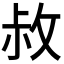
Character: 𭣬